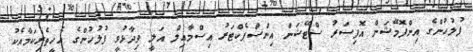
ފުލުހުންގެ އިންފޮމޭޝަން އޮފިސަރު ސްޓޭޝަން އިންސްޕެކްޓަރު އިސްމާއިލް އަލީ ވިދާޅުވީ ފުލުހުންގެ އެހީތެރިކަމާއެކު